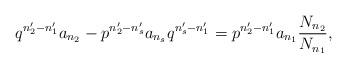
LaTeX: \begin{align*}q^{n_{2}^{\prime}-n_{1}^{\prime}}a_{n_{2}}-p^{n_{2}^{\prime}-n_{s}^{\prime}}a_{n_{s}}q^{n_{s}^{\prime}-n_{1}^{\prime}}=p^{n_{2}^{\prime}-n_{1}^{\prime}}a_{n_{1}}\frac{N_{n_{2}}}{N_{n_{1}}},\end{align*}